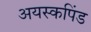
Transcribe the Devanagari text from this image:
अयस्कपिंड